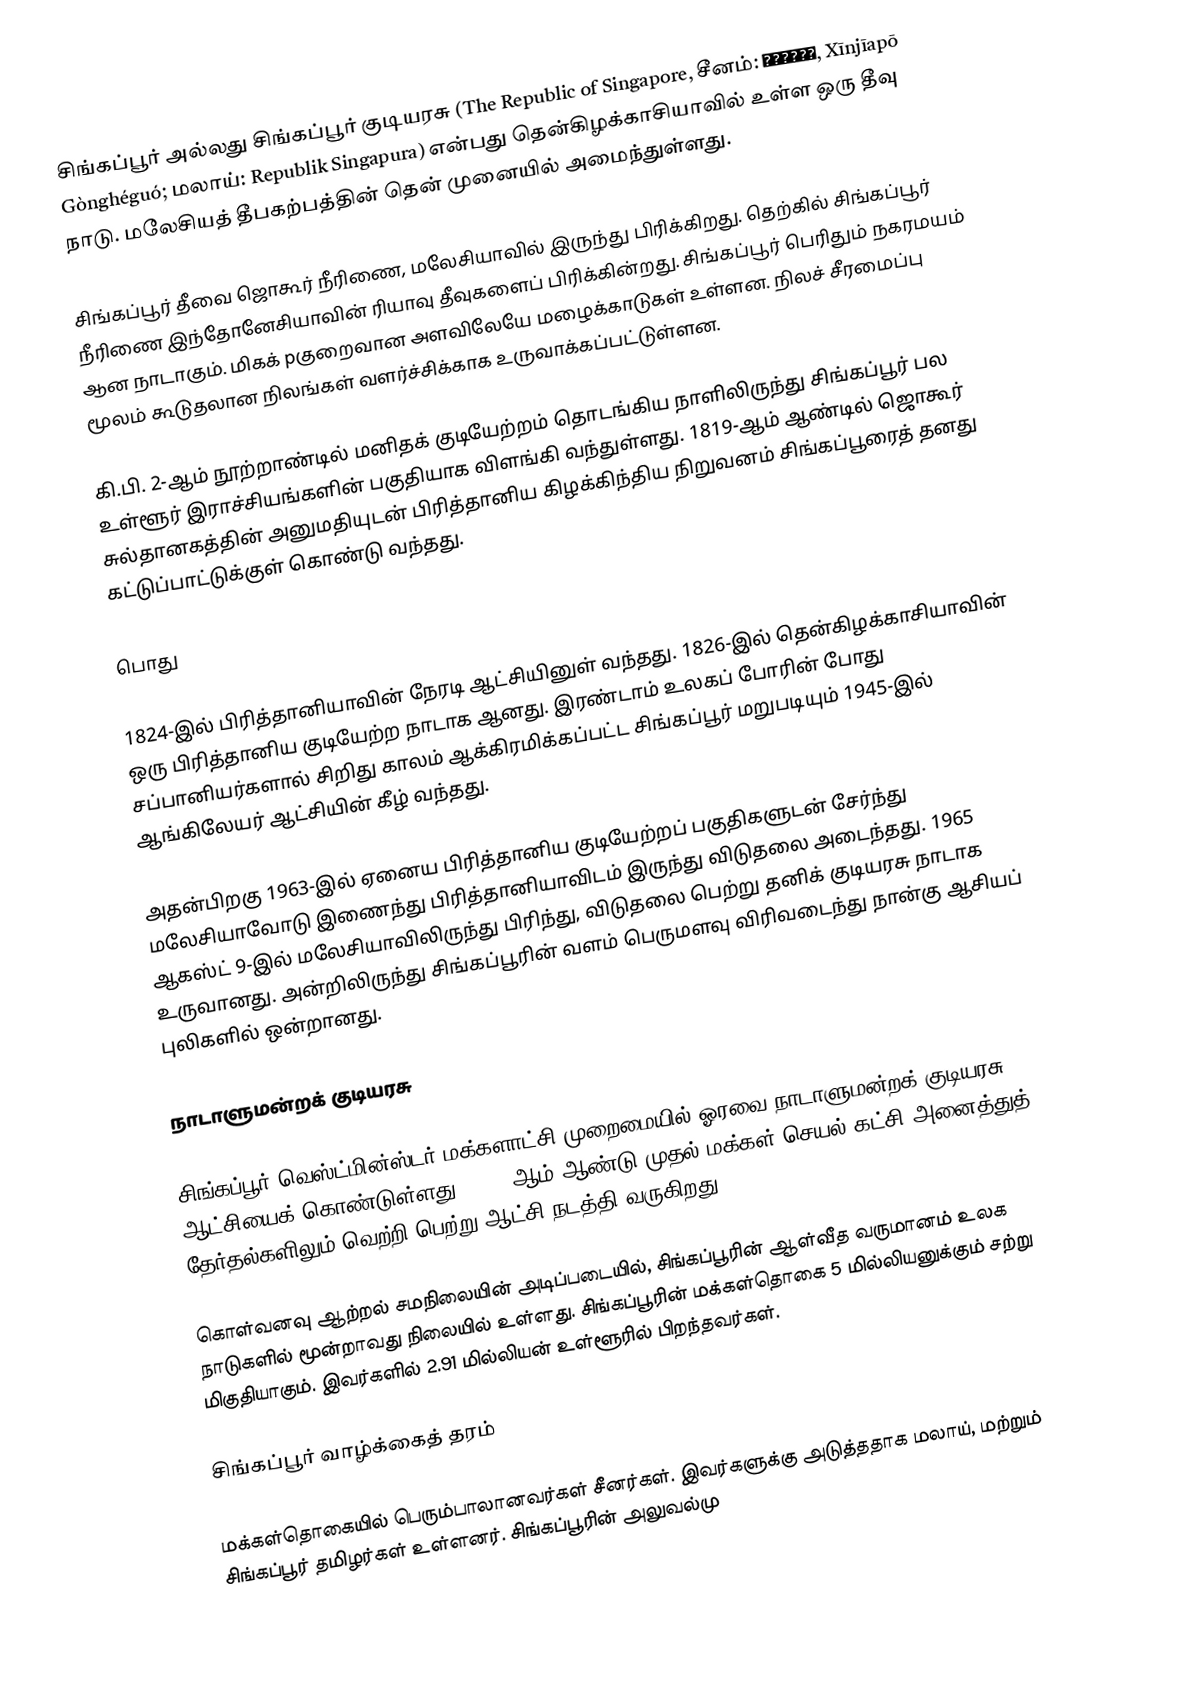
சிங்கப்பூர் அல்லது சிங்கப்பூர் குடியரசு (The Republic of Singapore, சீனம்: 新加坡共和国, Xīnjīapō Gònghéguó; மலாய்: Republik Singapura) என்பது தென்கிழக்காசியாவில் உள்ள ஒரு தீவு நாடு. மலேசியத் தீபகற்பத்தின் தென் முனையில் அமைந்துள்ளது.

சிங்கப்பூர் தீவை ஜொகூர் நீரிணை, மலேசியாவில் இருந்து பிரிக்கிறது. தெற்கில் சிங்கப்பூர் நீரிணை இந்தோனேசியாவின் ரியாவு தீவுகளைப் பிரிக்கின்றது. சிங்கப்பூர் பெரிதும் நகரமயம் ஆன நாடாகும். மிகக் pகுறைவான அளவிலேயே மழைக்காடுகள் உள்ளன. நிலச் சீரமைப்பு மூலம் கூடுதலான நிலங்கள் வளர்ச்சிக்காக உருவாக்கப்பட்டுள்ளன.

கி.பி. 2-ஆம் நூற்றாண்டில் மனிதக் குடியேற்றம் தொடங்கிய நாளிலிருந்து சிங்கப்பூர் பல உள்ளூர் இராச்சியங்களின் பகுதியாக விளங்கி வந்துள்ளது. 1819-ஆம் ஆண்டில் ஜொகூர் சுல்தானகத்தின் அனுமதியுடன் பிரித்தானிய கிழக்கிந்திய நிறுவனம் சிங்கப்பூரைத் தனது கட்டுப்பாட்டுக்குள் கொண்டு வந்தது.

பொது

1824-இல் பிரித்தானியாவின் நேரடி ஆட்சியினுள் வந்தது. 1826-இல் தென்கிழக்காசியாவின் ஒரு பிரித்தானிய குடியேற்ற நாடாக ஆனது. இரண்டாம் உலகப் போரின் போது சப்பானியர்களால் சிறிது காலம் ஆக்கிரமிக்கப்பட்ட சிங்கப்பூர் மறுபடியும் 1945-இல் ஆங்கிலேயர் ஆட்சியின் கீழ் வந்தது.

அதன்பிறகு 1963-இல் ஏனைய பிரித்தானிய குடியேற்றப் பகுதிகளுடன் சேர்ந்து மலேசியாவோடு இணைந்து பிரித்தானியாவிடம் இருந்து விடுதலை அடைந்தது. 1965 ஆகஸ்ட் 9-இல் மலேசியாவிலிருந்து பிரிந்து, விடுதலை பெற்று தனிக் குடியரசு நாடாக உருவானது. அன்றிலிருந்து சிங்கப்பூரின் வளம் பெருமளவு விரிவடைந்து நான்கு ஆசியப் புலிகளில் ஒன்றானது.

நாடாளுமன்றக் குடியரசு

சிங்கப்பூர் வெஸ்ட்மின்ஸ்டர் மக்களாட்சி முறைமையில் ஓரவை நாடாளுமன்றக் குடியரசு ஆட்சியைக் கொண்டுள்ளது. 1959-ஆம் ஆண்டு முதல் மக்கள் செயல் கட்சி அனைத்துத் தேர்தல்களிலும் வெற்றி பெற்று ஆட்சி நடத்தி வருகிறது.

கொள்வனவு ஆற்றல் சமநிலையின் அடிப்படையில், சிங்கப்பூரின் ஆள்வீத வருமானம் உலக நாடுகளில் மூன்றாவது நிலையில் உள்ளது. சிங்கப்பூரின் மக்கள்தொகை 5 மில்லியனுக்கும் சற்று மிகுதியாகும். இவர்களில் 2.91 மில்லியன் உள்ளூரில் பிறந்தவர்கள்.

சிங்கப்பூர் வாழ்க்கைத் தரம்

மக்கள்தொகையில் பெரும்பாலானவர்கள் சீனர்கள். இவர்களுக்கு அடுத்ததாக மலாய், மற்றும் சிங்கப்பூர் தமிழர்கள் உள்ளனர். சிங்கப்பூரின் அலுவல்மு